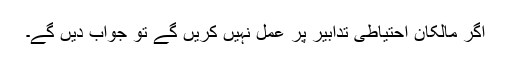
اگر مالکان احتیاطی تدابیر پر عمل نہیں کریں گے تو جواب دیں گے۔